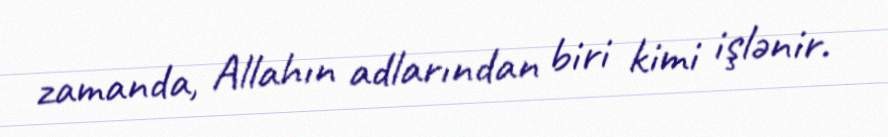
zamanda, Allahın adlarından biri kimi işlənir.